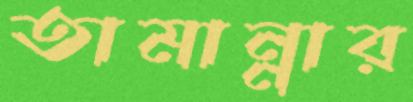
তামান্নার